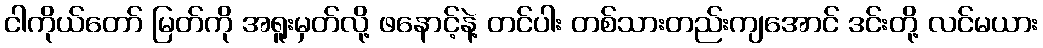
ငါကိုယ်တော် မြတ်ကို အရူးမှတ်လို့ ဖနောင့်နဲ့ တင်ပါး တစ်သားတည်းကျအောင် ဒင်းတို့ လင်မယား